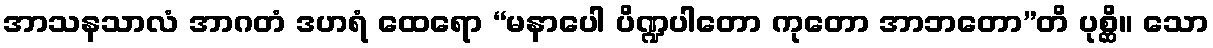
အာသနသာလံ အာဂတံ ဒဟရံ ထေရော “မနာပေါ ပိဏ္ဍပါတော ကုတော အာဘတော”တိ ပုစ္ဆိ။ သော